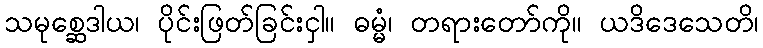
သမုစ္ဆေဒါယ၊ ပိုင်းဖြတ်ခြင်းငှါ။ ဓမ္မံ၊ တရားတော်ကို။ ယဒိဒေသေတိ၊